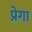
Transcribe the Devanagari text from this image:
प्रेगा